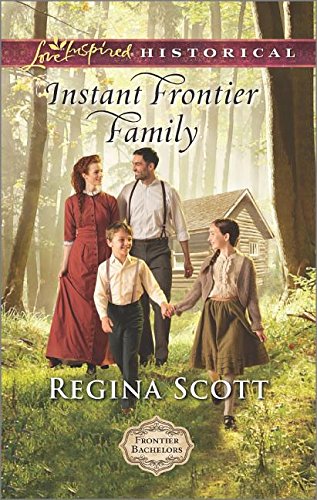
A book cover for Instant Frontier Family (Frontier Bachelors); Regina Scott; Romance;